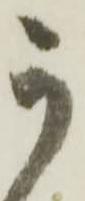
か